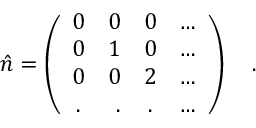
\hat { n } = \left( \begin{array} { c r c l } { { 0 } } & { { 0 } } & { { 0 } } & { { \ldots } } \\ { { 0 } } & { { 1 } } & { { 0 } } & { { \ldots } } \\ { { 0 } } & { { 0 } } & { { 2 } } & { { \ldots } } \\ { { . } } & { { . } } & { { . } } & { { \ldots } } \end{array} \right) ~ ~ ~ .